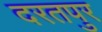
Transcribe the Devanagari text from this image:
दरतपुर